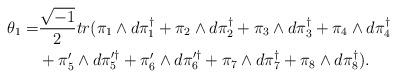
LaTeX: \begin{align*}\theta_1 =& \frac{\sqrt{-1}}{2}tr(\pi_1\wedge d\pi_1^{\dagger} +\pi_2\wedge d\pi_2^{\dagger} +\pi_3\wedge d\pi_3^{\dagger} +\pi_4\wedge d\pi_4^{\dagger} \\& +\pi_5'\wedge d\pi_5^{\prime\dagger} +\pi_6'\wedge d\pi_6^{\prime\dagger} +\pi_7\wedge d\pi_7^{\dagger} +\pi_8\wedge d\pi_8^{\dagger}).\end{align*}